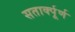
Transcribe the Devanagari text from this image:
सतार्क्पूर्ण